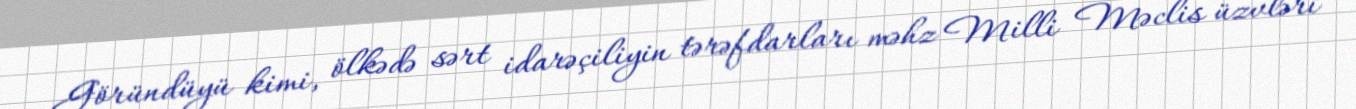
Göründüyü kimi, ölkədə sərt idarəçiliyin tərəfdarları məhz Milli Məclis üzvləri